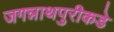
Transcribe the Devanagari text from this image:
जगन्नाथपुरीकडे